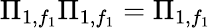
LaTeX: \Pi_{1,f_{1}}\Pi_{1,f_{1}}=\Pi_{1,f_{1}}